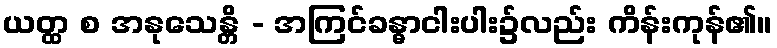
ယတ္ထ စ အနုသေန္တိ - အကြင်ခန္ဓာငါးပါး၌လည်း ကိန်းကုန်၏။